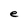
Character: e